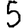
Digit: 5